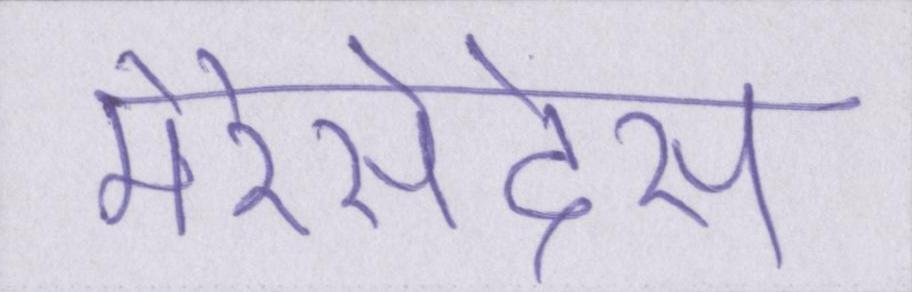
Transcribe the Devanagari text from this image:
मेरेसेदेस